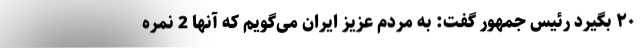
۲۰ بگیرد رئیس جمهور گفت: به مردم عزیز ایران می‌گویم که آنها 2 نمره